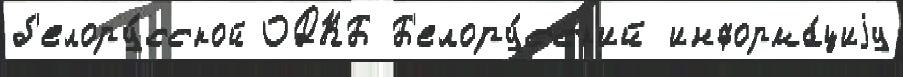
б'елору́сской ОДКБ Б'елору́сск'ий информа́циjу